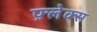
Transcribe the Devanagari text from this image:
फ़्लेक्स